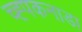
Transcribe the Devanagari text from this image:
च्ह्पकनाडा